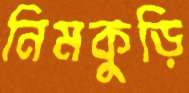
নিমকুড়ি